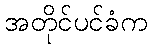
အတိုင်ပင်ခံက